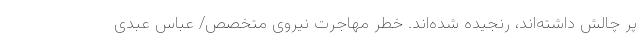
پر چالش داشته‌اند، رنجیده شده‌اند. خطر مهاجرت نیروی متخصص/ عباس عبدی